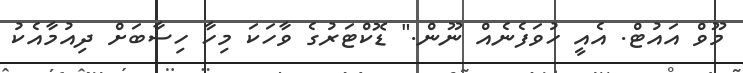
މޫވް އައުޓް. އެއީ ހުވަފެނެއް ނޫން." ޑޮކްޓަރުގެ ވާހަކަ މިހާ ހިސާބަށް ދިއުމާއެކު